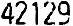
42129